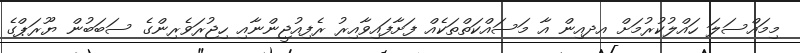
މިމައްސަލަ ހައްލުކުރުމަށް އދއިން އާ މަސައްކަތްތަކެއް ފަށާފައިވާއިރު ރެފިއުޖީންނާއި ހިޖުރަވެރިންގެ ސަބަބުން ޔޫރަޕްގެ